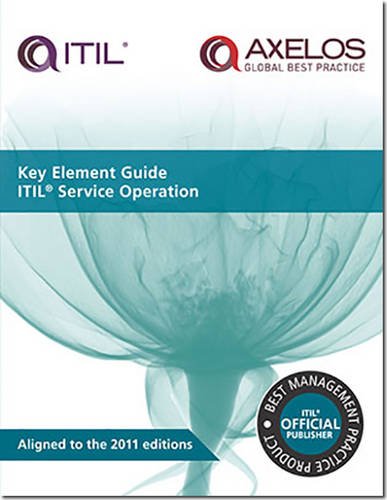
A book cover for Key Element Guide ITIL Service Operation; Computers & Technology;